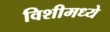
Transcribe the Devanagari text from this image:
विशीमध्ये